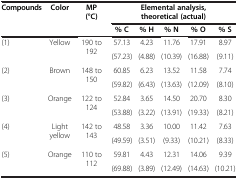
<table><thead><tr><td rowspan="2"><b>Compounds</b></td><td rowspan="2"><b>Color</b></td><td rowspan="2"><b>MP (°C)</b></td><td colspan="5"><b>Elemental analysis, theoretical (actual)</b></td></tr><tr><td><b>% C</b></td><td><b>% H</b></td><td><b>% N</b></td><td><b>% O</b></td><td><b>% S</b></td></tr></thead><tbody><tr><td rowspan="2">(1)</td><td rowspan="2">Yellow</td><td rowspan="2">190 to 192</td><td>57.13</td><td>4.23</td><td>11.76</td><td>17.91</td><td>8.97</td></tr><tr><td>(57.23)</td><td>(4.88)</td><td>(10.39)</td><td>(16.88)</td><td>(9.11)</td></tr><tr><td rowspan="2">(2)</td><td rowspan="2">Brown</td><td rowspan="2">148 to 150</td><td>60.85</td><td>6.23</td><td>13.52</td><td>11.58</td><td>7.74</td></tr><tr><td>(59.82)</td><td>(6.43)</td><td>(13.63)</td><td>(12.09)</td><td>(8.10)</td></tr><tr><td rowspan="2">(3)</td><td rowspan="2">Orange</td><td rowspan="2">122 to 124</td><td>52.84</td><td>3.65</td><td>14.50</td><td>20.70</td><td>8.30</td></tr><tr><td>(53.88)</td><td>(3.22)</td><td>(13.91)</td><td>(19.33)</td><td>(8.21)</td></tr><tr><td rowspan="2">(4)</td><td rowspan="2">Light yellow</td><td rowspan="2">142 to 143</td><td>48.58</td><td>3.36</td><td>10.00</td><td>11.42</td><td>7.63</td></tr><tr><td>(49.59)</td><td>(3.51)</td><td>(9.33)</td><td>(10.21)</td><td>(8.33)</td></tr><tr><td rowspan="2">(5)</td><td rowspan="2">Orange</td><td rowspan="2">110 to 112</td><td>59.81</td><td>4.43</td><td>12.31</td><td>14.06</td><td>9.39</td></tr><tr><td>(69.88)</td><td>(3.89)</td><td>(12.49)</td><td>(14.63)</td><td>(10.21)</td></tr></tbody></table>